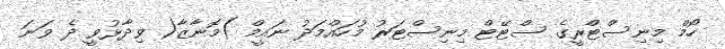
ހޯމް މިނިސްޓްރީގެ ސްޓޭޓް މިނިސްޓަރު މުހައްމަދު ނައީމް )މޮނާޒާ( ވިދާޅުވީ ދެ ވަނަ